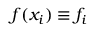
f ( x _ { i } ) \equiv f _ { i }